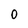
Character: 0